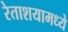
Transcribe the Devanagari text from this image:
रेताशयामध्ये